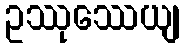
ဥဿုဿေယျ